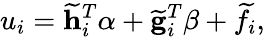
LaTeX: u_{i}=\mathbf{\widetilde{h}}_{i}^{T}{\mathbf\alpha}+\mathbf{\widetilde{g}}_{i}^{T}{\mathbf\beta}+\widetilde{f}_{i},